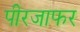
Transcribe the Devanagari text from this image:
पीरजाफर